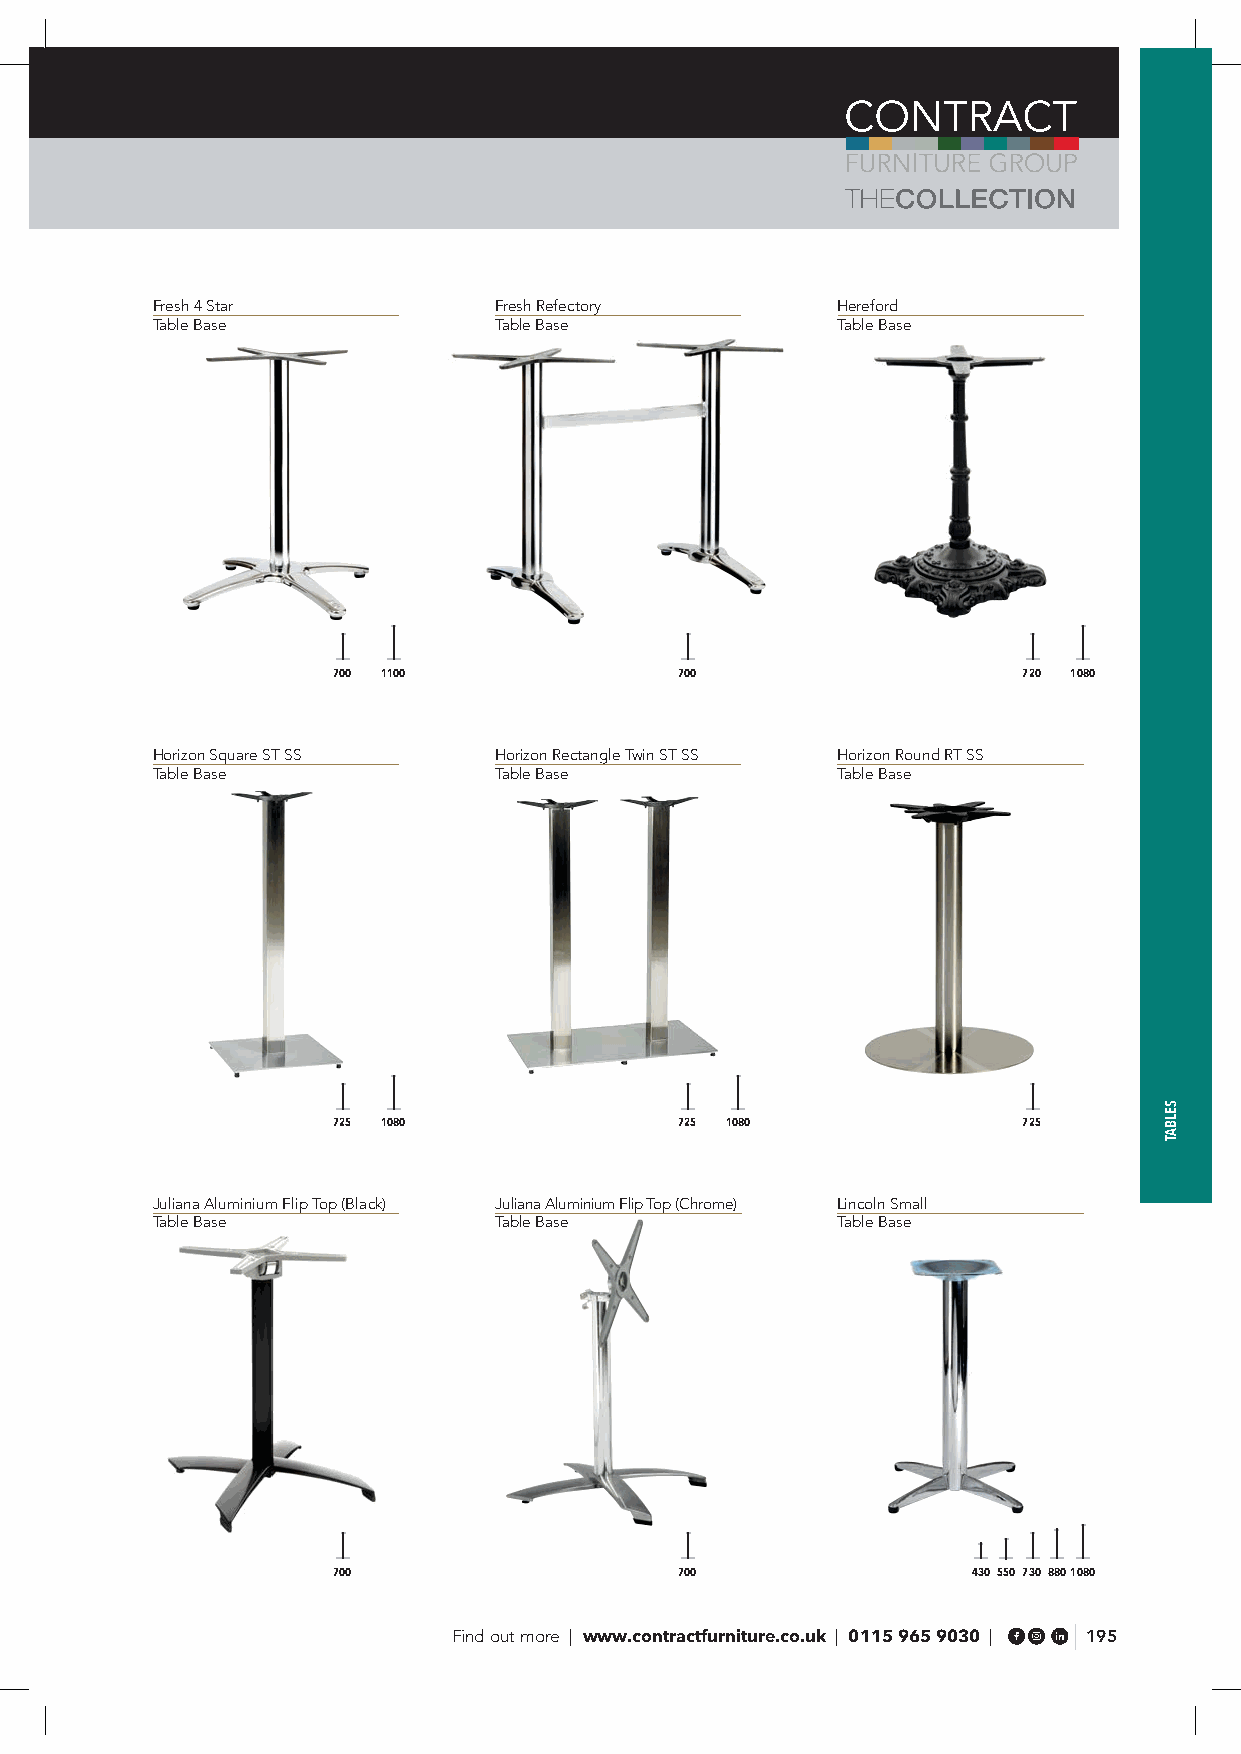
Fresh 4 Star           Fresh Refectory       Hereford
 Table Base             Table Base            Table Base
 700 1100               700                    720 1080
 Horizon Square ST SS   Horizon Rectangle Twin ST SS Horizon Round RT SS
 Table Base             Table Base            Table Base
 725 1080               725 1080               725
 Juliana Aluminium Flip Top (Black) Juliana Aluminium Flip Top (Chrome) Lincoln Small
 Table Base             Table Base            Table Base
 700                    700                430 550 730 8801080
 Find out more | www.contractfurniture.co.uk | 0115 965 9030 | 195
 SELBAT